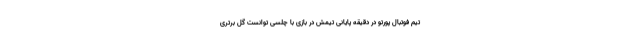
تیم فوتبال پورتو در دقیقه پایانی تیمش در بازی با چلسی توانست گل برتری